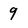
Character: 9